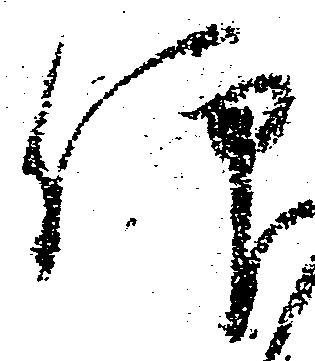
仰